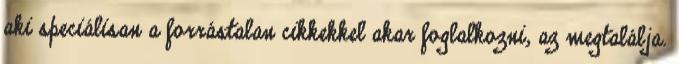
aki speciálisan a forrástalan cikkekkel akar foglalkozni, az megtalálja.